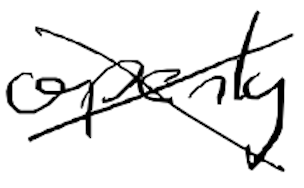
Text: openly
Cross-out: cross
Writing tool: digital_black